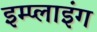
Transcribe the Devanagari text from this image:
इम्प्‍लाइंग